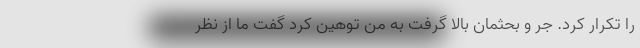
را تکرار کرد. جر و بحثمان بالا گرفت به من توهین کرد گفت ما از نظر